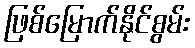
ဖြစ်မြောက်နိုင်စွမ်း